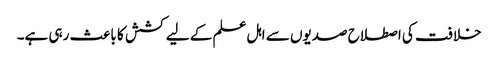
خلافت کی اصطلاح صدیوں سے اہل علم کے لیے کشش کا باعث رہی ہے۔